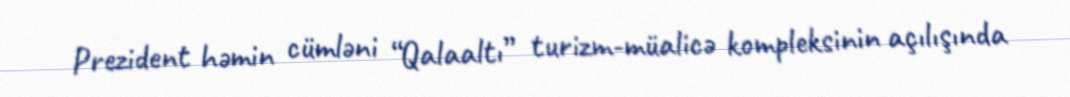
Prezident həmin cümləni “Qalaaltı” turizm-müalicə kompleksinin açılışında